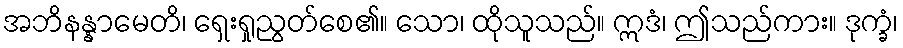
အဘိနန္နာမေတိ၊ ရှေးရှုညွတ်စေ၏။ သော၊ ထိုသူသည်။ ဣဒံ၊ ဤသည်ကား။ ဒုက္ခံ၊